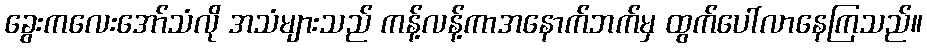
ခွေးကလေးအော်သံလို အသံများသည် ကန့်လန့်ကာအနောက်ဘက်မှ ထွက်ပေါ်လာနေကြသည်။